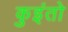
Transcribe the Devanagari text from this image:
कुइंतो